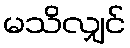
မသိလျှင်